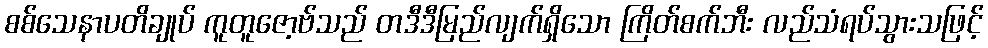
စစ်သေနာပတိချုပ် ကူတူဇော့ဗ်သည် တဒီဒီမြည်လျက်ရှိသော ကြိတ်စက်ဘီး လည်သံရပ်သွားသဖြင့်